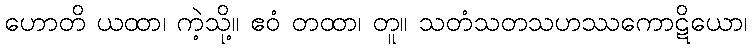
ဟောတိ ယထာ၊ ကဲ့သို့။ ဧဝံ တထာ၊ တူ။ သတံသတသဟဿကောဋိယော၊